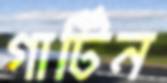
গার্টিন